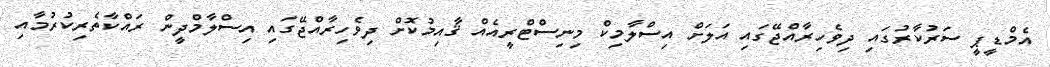
އެމްޑީޕީ ސަރުކާރުގައި ދިވެހިރާއްޖޭގައި އަލަށް އިސްލާމިކް މިނިސްޓްރީއެއް ޤާއިމުކޮށް ދިވެހިރާއްޖޭގައި އިސްލާމްދީން ރައްކާތެރިކުރުމާއި